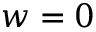
w = 0